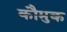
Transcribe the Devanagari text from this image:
कौमुक